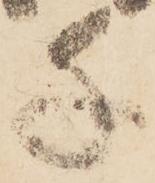
千